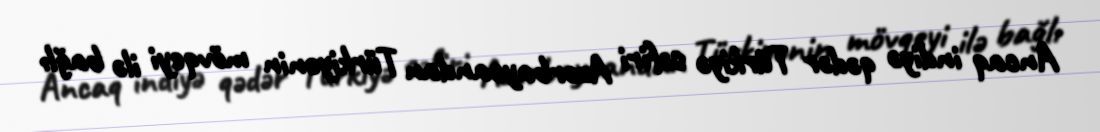
Ancaq indiyə qədər Türkiyə səfiri Azərbaycandan Türkiyənin mövqeyi ilə bağlı